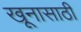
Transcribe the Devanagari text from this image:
खूनासाठी